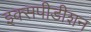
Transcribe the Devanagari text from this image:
इक्सपीडीशन